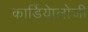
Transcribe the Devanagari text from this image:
कार्डियाेलोजी